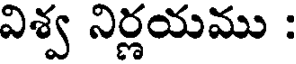
విశ్వ నిర్ణయము :